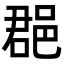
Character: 𨛦